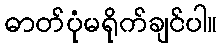
ဓာတ်ပုံမရိုက်ချင်ပါ။